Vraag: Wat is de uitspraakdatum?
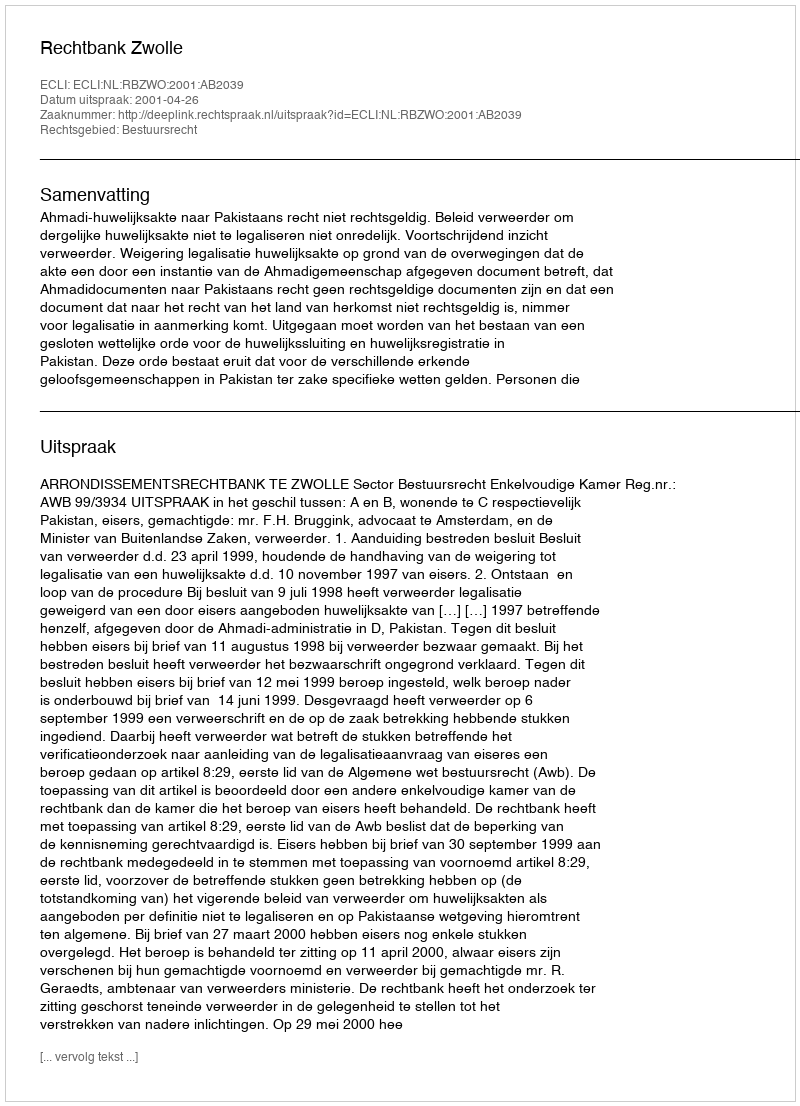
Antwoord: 2001-04-26